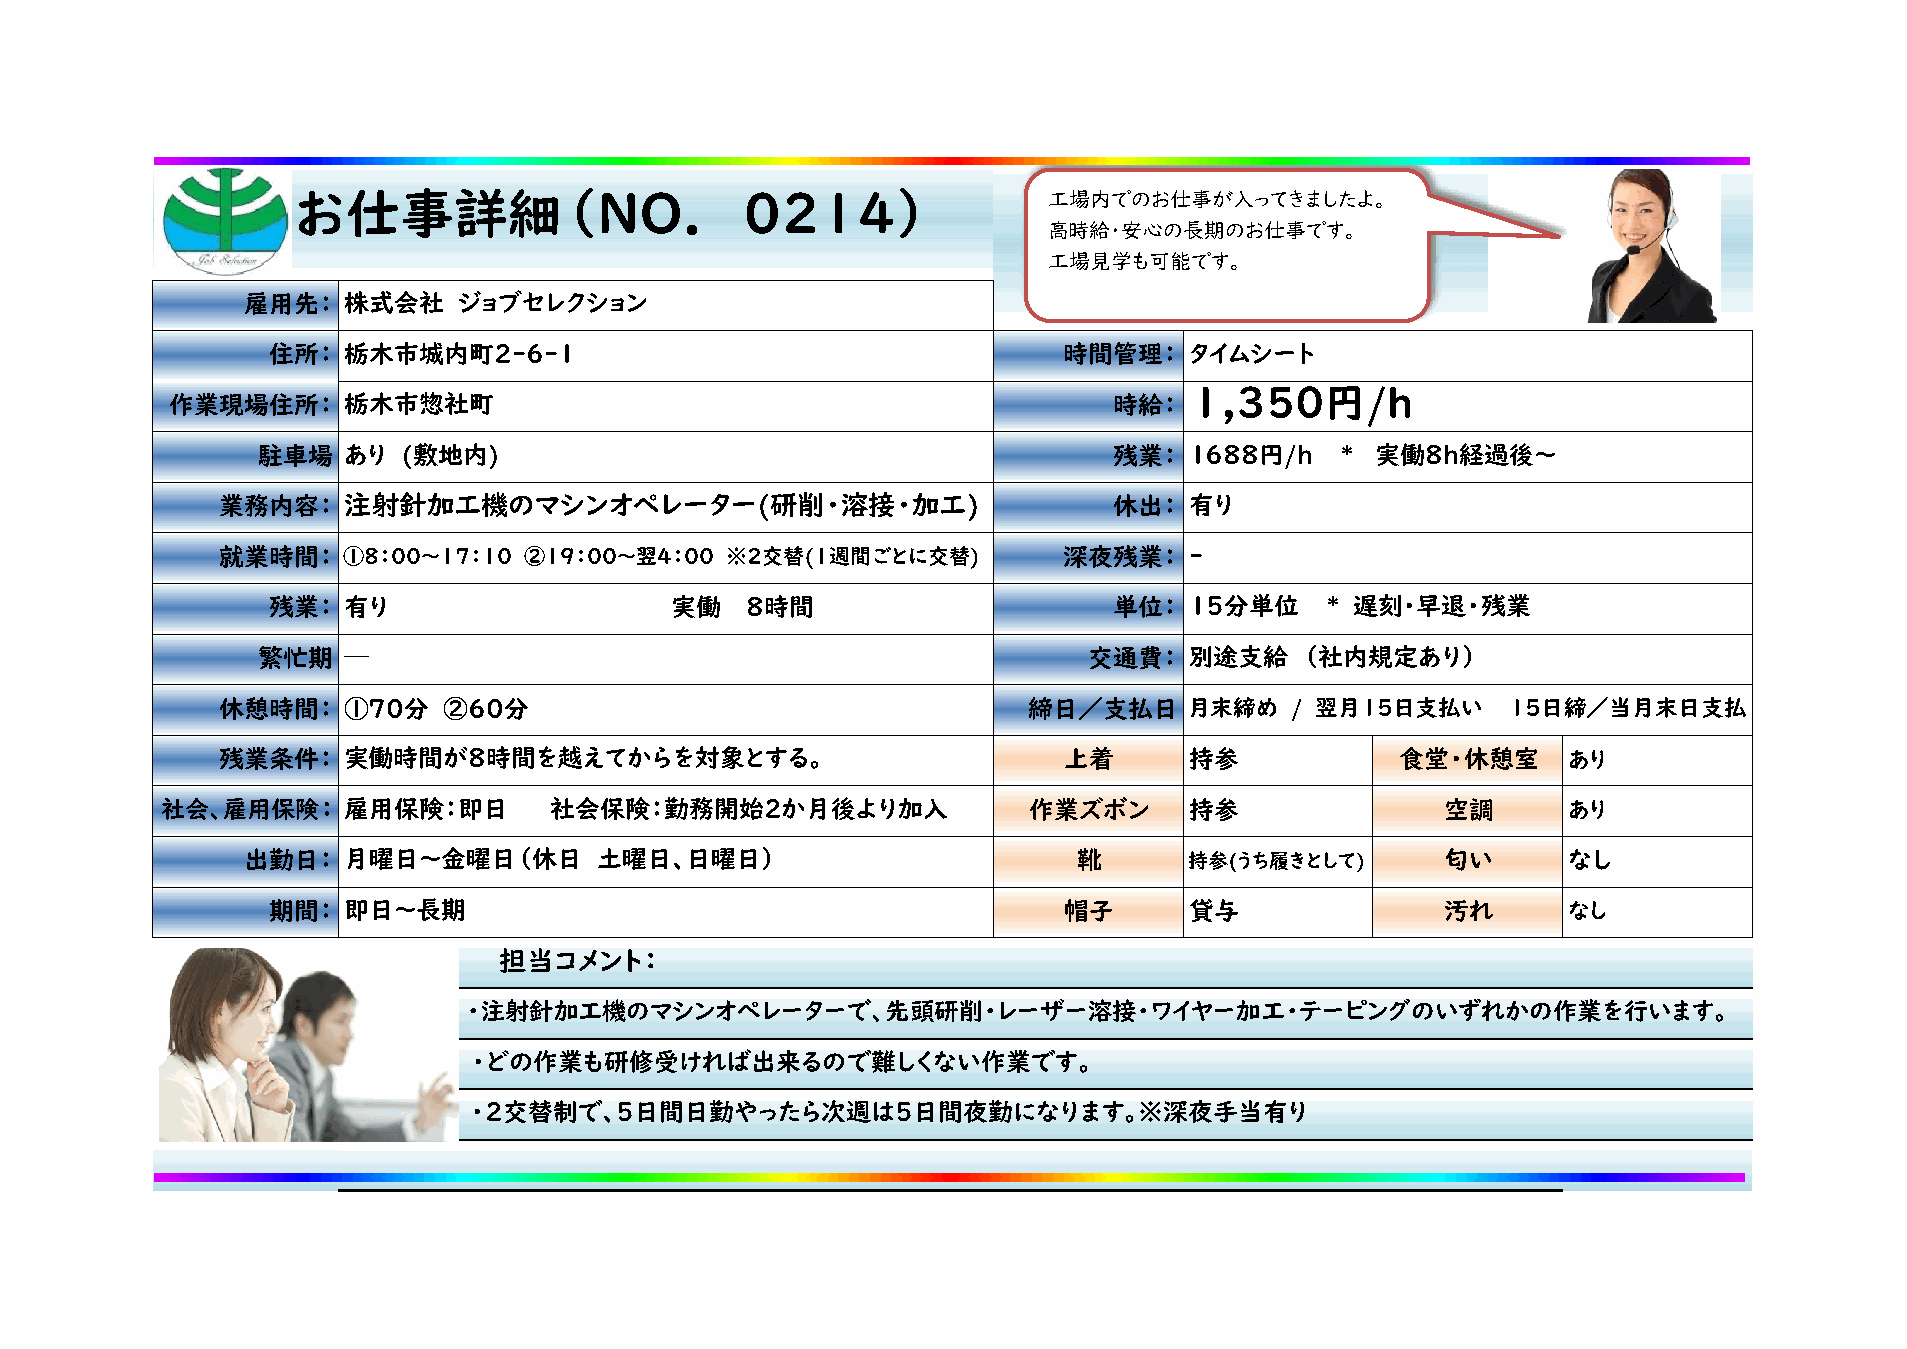
お仕事詳細（NO．                     0214）               工場内でのお仕事が入ってきましたよ。
 高時給・安心の長期のお仕事です。
 工場見学も可能です。
 雇用先：   株式会社   ジョブセレクション
 住所：  栃木市城内町2-6-1                                    時間管理：    タイムシート
 1,350円/ｈ
 作業現場住所：     栃木市惣社町                                             時給：
 駐車場   あり  (敷地内)                                          残業：  1688円/ｈ   * 実働8h経過後～
 業務内容：    注射針加工機のマシンオペレーター(研削・溶接・加工)                         休出：  有り
 就業時間：    ①8：00～17：10 ②19：00～翌4：00 ※2交替(1週間ごとに交替)        深夜残業：    -
 残業：  有り                   実働   8時間                      単位：  15分単位    * 遅刻･早退・残業
 繁忙期   ─                                                交通費：   別途支給   （社内規定あり）
 休憩時間：    ①70分  ②60分                                   締日／支払日     月末締め   / 翌月１５日支払い    15日締／当月末日支払
 残業条件：    実働時間が8時間を越えてからを対象とする。                          上着       持参            食堂・休憩室     あり
 社会、雇用保険：    雇用保険：即日      社会保険：勤務開始2か月後より加入               作業ズボン      持参               空調      あり
 出勤日：   月曜日～金曜日（休日      土曜日、日曜日）                        靴       持参(うち履きとして)      匂い      なし
 期間：  即日～長期                                          帽子       貸与               汚れ      なし
 担当コメント：
 ・注射針加工機のマシンオペレーターで、先頭研削・レーザー溶接・ワイヤー加工・テーピングのいずれかの作業を行います。
 ・どの作業も研修受ければ出来るので難しくない作業です。
 ・2交替制で、5日間日勤やったら次週は5日間夜勤になります。※深夜手当有り